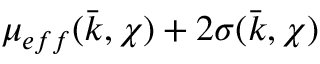
\mu _ { e f f } ( \bar { k } , \chi ) + 2 \sigma ( \bar { k } , \chi )